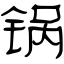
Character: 锅